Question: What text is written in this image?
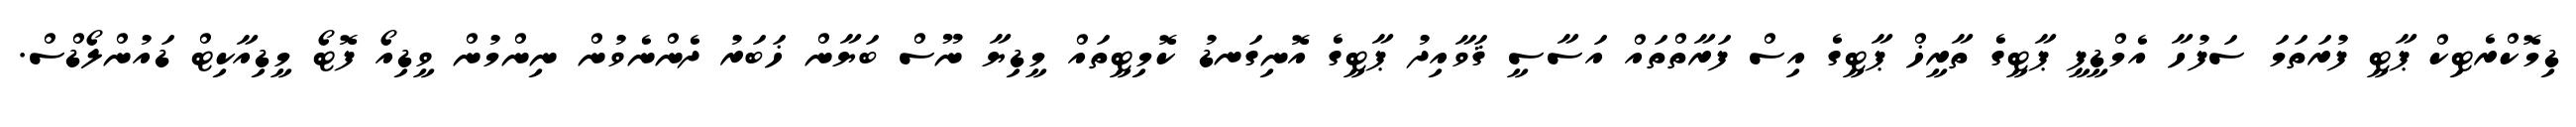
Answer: ޑިމޮކްރެޓިކް ޕާޓީ ފުރަތަމަ ސަފުހާ އެމްޑީޕީ ޕާޓީގެ ތާރީޚް ޕާޓީގެ އިސް ފަރާތްތައް އަސާސީ ޤަވާއިދު ޕާޓީގެ އޮނިގަނޑު ކޮމިޓީތައް މީޑިޔާ ނޫސް ބަޔާން ޚަބަރު ދެންނެވުން ނިންމުން ވީޑިއޯ ފޮޓޯ މީޑިއާކިޓް ޑައުންލޯޑްސް.